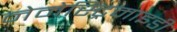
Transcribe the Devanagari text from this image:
नेमेस्ट्रिमाइडी